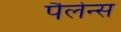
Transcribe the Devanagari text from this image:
पैलेन्स